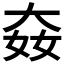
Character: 𡘛